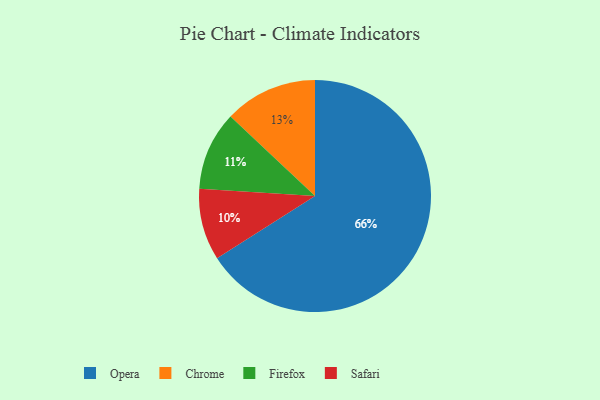
{"axis": {"x": "Category", "y": "Percentage"}, "legend": ["Chrome", "Firefox", "Opera", "Safari"], "data": [{"x": "Opera", "y": 66, "type": "Opera"}, {"x": "Chrome", "y": 13, "type": "Chrome"}, {"x": "Safari", "y": 10, "type": "Safari"}, {"x": "Firefox", "y": 11, "type": "Firefox"}]}